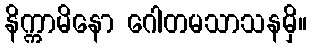
နိက္ကာမိနော ဂေါတမသာသနမှိ။